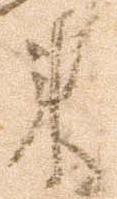
来